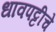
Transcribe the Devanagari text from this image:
धावपट्टीचे